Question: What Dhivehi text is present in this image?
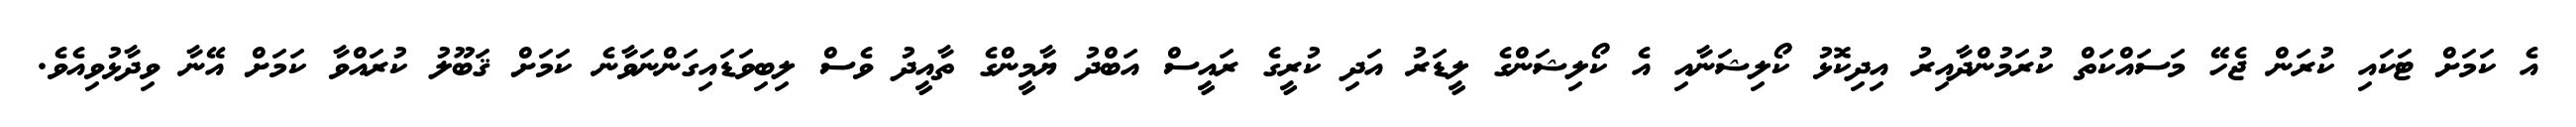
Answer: އެ ކަމަށް ޓަކައި ކުރަން ޖެހޭ މަސައްކަތް ކުރަމުންދާއިރު އިދިކޮޅު ކޯލިޝަނާއި އެ ކޯލިޝަންގެ ލީޑަރު އަދި ކުރީގެ ރައީސް އަބްދު ޔާމީންގެ ތާއީދު ވެސް ލިބިވަޑައިގަންނަވާނެ ކަމަށް ޤަބޫލު ކުރައްވާ ކަމަށް އޭނާ ވިދާޅުވިއެވެ.